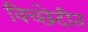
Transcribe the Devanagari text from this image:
विच्छेदीत